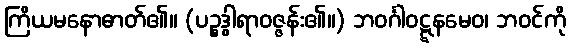
ကြိယမနောဓာတ်၏။ (ပဉ္စဒွါရာဝဇ္ဇန်း၏။) ဘဝင်္ဂါဝဋ္ဋနမေဝ၊ ဘဝင်ကို